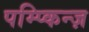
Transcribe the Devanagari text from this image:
पम्प्किन्ज़